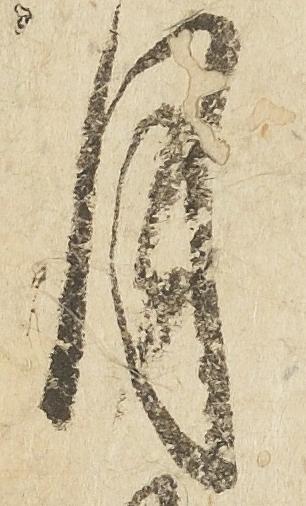
月